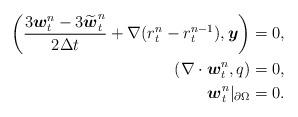
LaTeX: \begin{align*} \begin{aligned} \left(\frac{3 \boldsymbol{w}_t^n-3\widetilde{\boldsymbol{w}}_t^n}{2 \Delta t}+\nabla (r_t^n-r_t^{n-1}), \boldsymbol{y}\right)&=0, \\(\nabla \cdot \boldsymbol{w}_t^n, q)&=0, \\\boldsymbol{w}_t^n|_{\partial \Omega}&=0. \end{aligned}\end{align*}